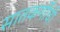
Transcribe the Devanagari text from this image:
सातकर्णीची